system: You are a helpful assistant.
user:
Analyze the provided spectrum to determine if it is a **M-type Giant (gM)**.

A M-type Giant spectrum is defined by its **strong molecular absorption** features, particularly from **Titanium Oxide (TiO)**. You must check for one of the following mutually exclusive signatures:

- **Key Visual Indicators (Absorption-Dominated Spectrum):**

    - **(Primary):** The spectrum is dominated by strong molecular absorption from **Titanium Oxide (TiO)**. This is the **defining feature** of its M-type temperature class.
        - **(Key Bandheads):** Look for sharp, "saw-tooth" absorption valleys. The strongest are located near **~7050 Å**, **~6160 Å**, and **~5170 Å**.
        - **(Line Profile):** The "saw-tooth" morphology is critical: a **sharp, steep drop on the BLUE (short-wavelength) side** of the bandhead, followed by a gradual recovery (rising flux) towards the RED (long-wavelength) side.

    - **(Key Confirmation - Giant vs. Dwarf):** **ABSENCE** of strong **Calcium Hydride (CaH)** molecular bands. This is the primary diagnostic for *excluding* M-dwarfs.
        - **(Key Region):** The spectrum should lack the strong, broad absorption band seen in dwarfs between **~6800 Å and ~7000 Å**.

    - **(Secondary Confirmation - Giant):** A very strong and broad **Neutral Calcium (Ca I)** atomic absorption line.
        - **(Key Line):** Located at **~4226 Å**. In a giant (gM), this line is significantly deeper and broader than the same line in an M-dwarf (dM) due to low surface gravity.

    - **(Overall Spectrum):**
        - The continuum is **extremely red-sloping** (i.e., flux is very low in the blue and rises dramatically towards the red).
        - The entire spectrum appears "chopped up" by the deep TiO bands.

Think first, call **spectral_visualization_tool** if needed to examine features in detail, then provide your final answer. Your response must adhere to the following strict rules:
1.  **Overall Structure:** Your response must follow the format `<think>...</think> <tool_call>...</tool_call> (if a tool is used) <answer>...</answer>`.
2.  **Tool Usage Constraint:** You may only make **one** tool call per turn.
3.  **Final Answer Format:** In the `<answer>` tag, your conclusion must be inside a `\boxed{}` command (e.g., `\boxed{YES}` or `\boxed{NO}`), followed by your justification.

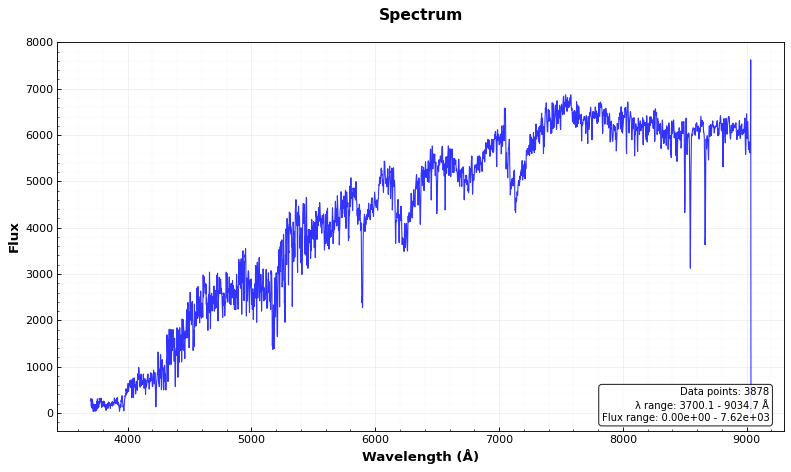
Answer: YES